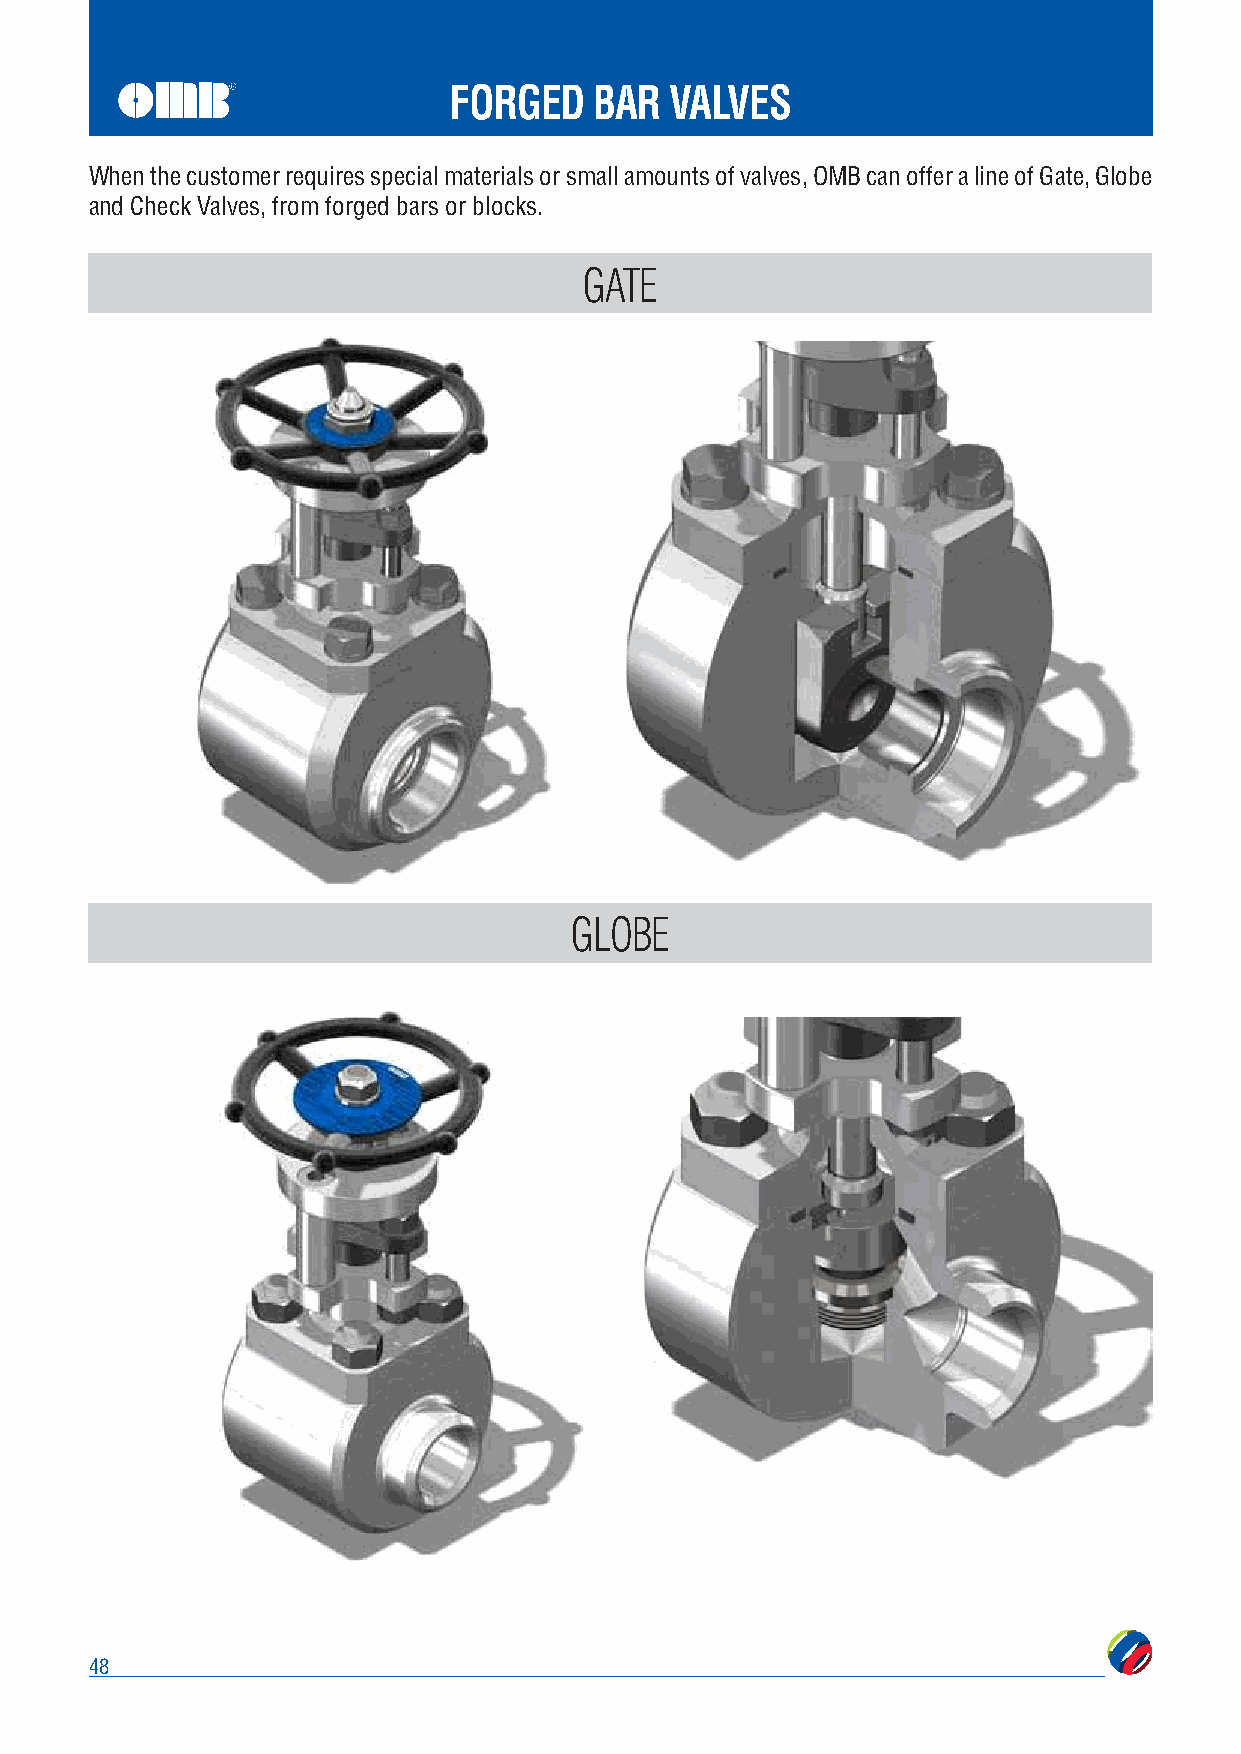
FORGED   BAR  VALVES
 When the customer requires special materials or small amounts of valves, OMB can offer a line of Gate, Globe
 and Check Valves, from forged bars or blocks.
 GATE
 GLOBE
 48